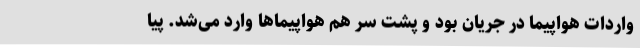
واردات هواپیما در جریان بود و پشت سر هم هواپیماها وارد می‌شد. پیا